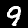
Digit: 9